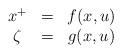
LaTeX: \begin{align*}\begin{array}{ccc}x^{+} & = & f(x,u)\\\zeta & = & g(x,u)\end{array}\end{align*}